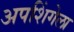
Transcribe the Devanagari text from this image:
अपशिंगेला